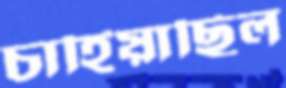
চাহিয়াছিল